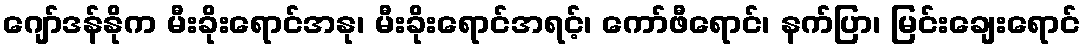
ဂျော်ဒန်နိုက မီးခိုးရောင်အနု၊ မီးခိုးရောင်အရင့်၊ ကော်ဖီရောင်၊ နက်ပြာ၊ မြင်းချေးရောင်